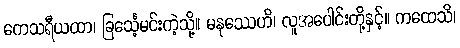
ကေသရီယထာ၊ ခြင်္သေ့မင်းကဲ့သို့။ မနုဿေဟိ၊ လူအပေါင်းတို့နှင့်။ ကထေသိ၊